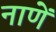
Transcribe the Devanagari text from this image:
नाणें